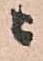
ニ